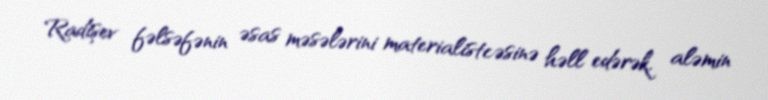
Radişev fəlsəfənin əsas məsələrini materialistcəsinə həll edərək, aləmin